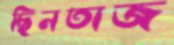
ছিনতাজ